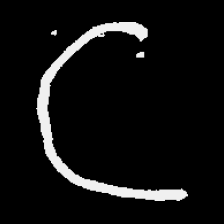
Pyu character \u2014 Myanmar letter: ဋ (romanized: tta)